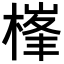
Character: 𣗏